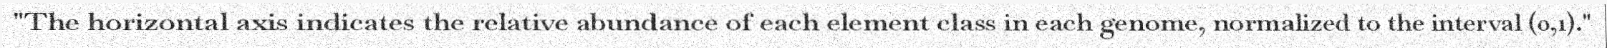
"The horizontal axis indicates the relative abundance of each element class in each genome, normalized to the interval (0,1)."